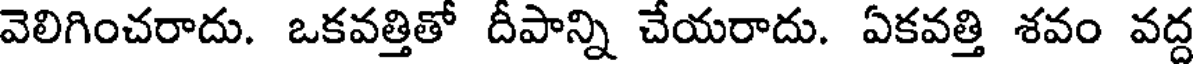
వెలిగించరాదు. ఒకవత్తితో దీపాన్ని చేయరాదు. ఏకవత్తి శవం వద్ద